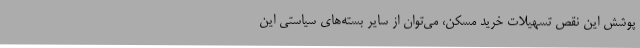
پوشش این نقص تسهیلات خرید مسکن، می‌توان از سایر بسته‌های سیاستی این